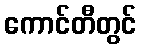
ကောင်တီတွင်